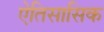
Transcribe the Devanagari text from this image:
ऐतिसासिक